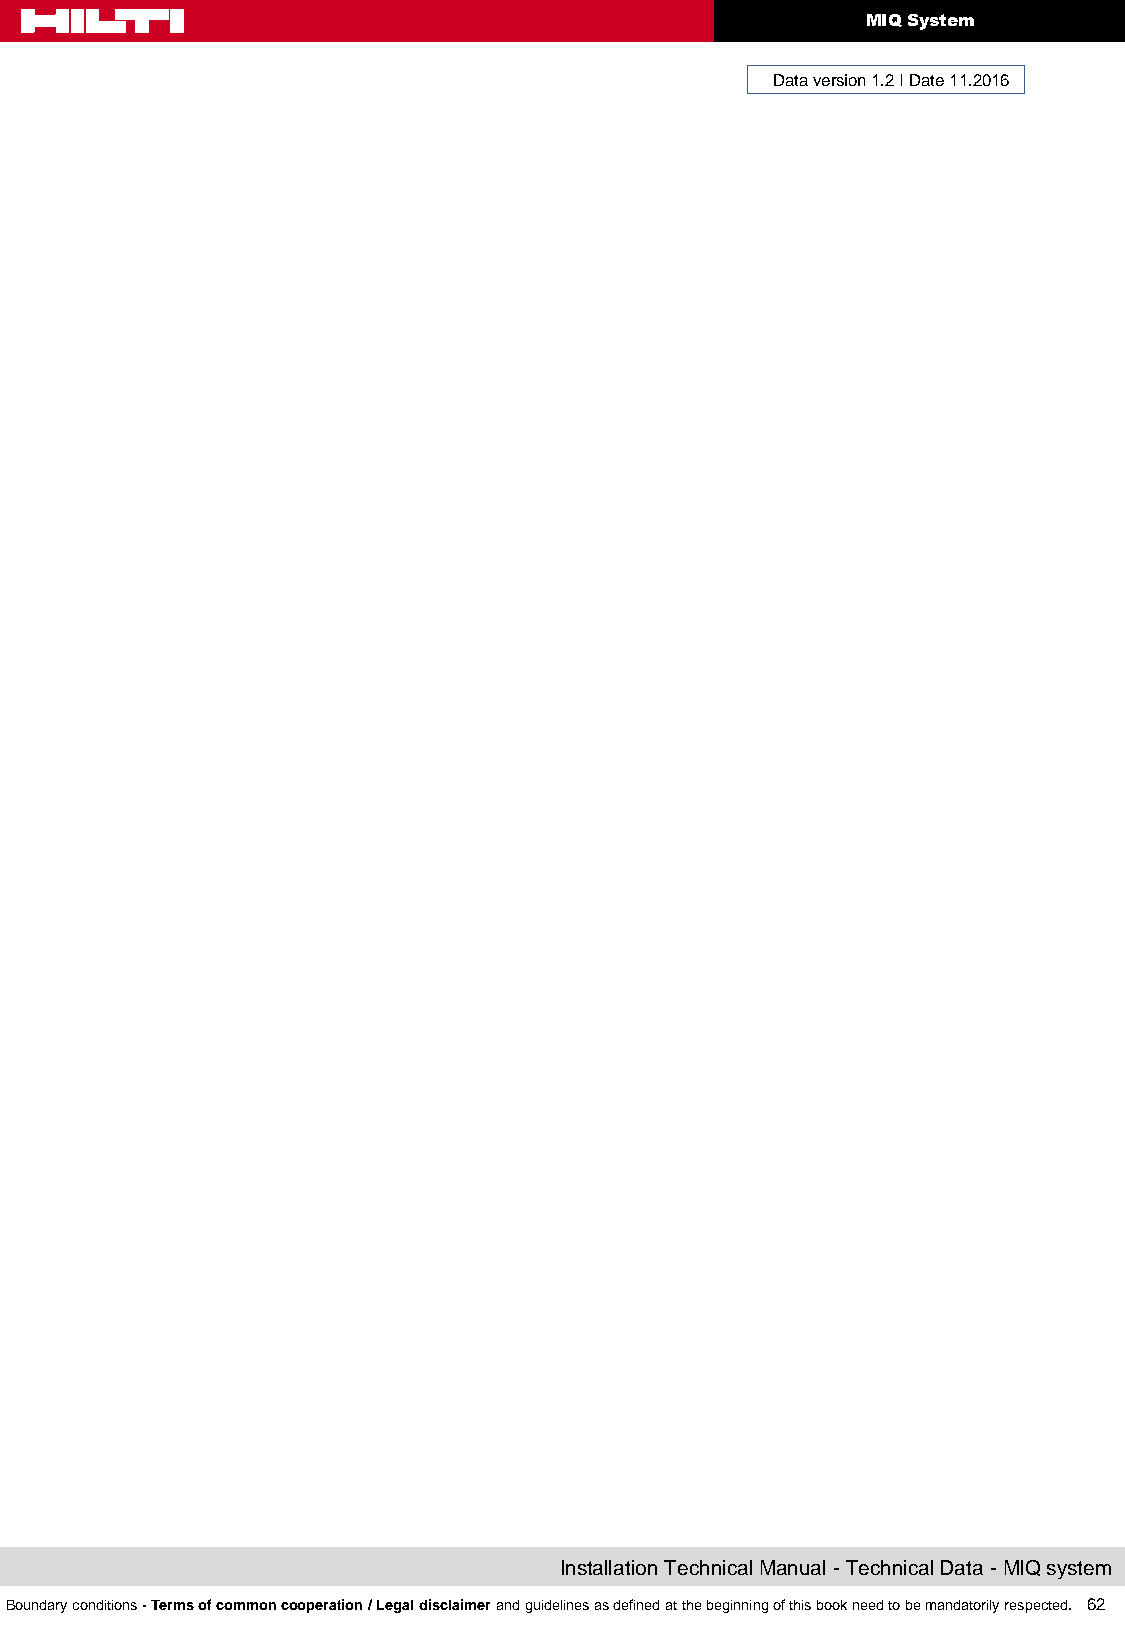
MIQ System
 Data version 1.2 I Date 11.2016
 Installation Technical Manual - Technical Data - MIQ system
 Boundary conditions - Terms of common cooperation / Legal disclaimer and guidelines as defined at the beginning of this book need to be mandatorily respected. 62